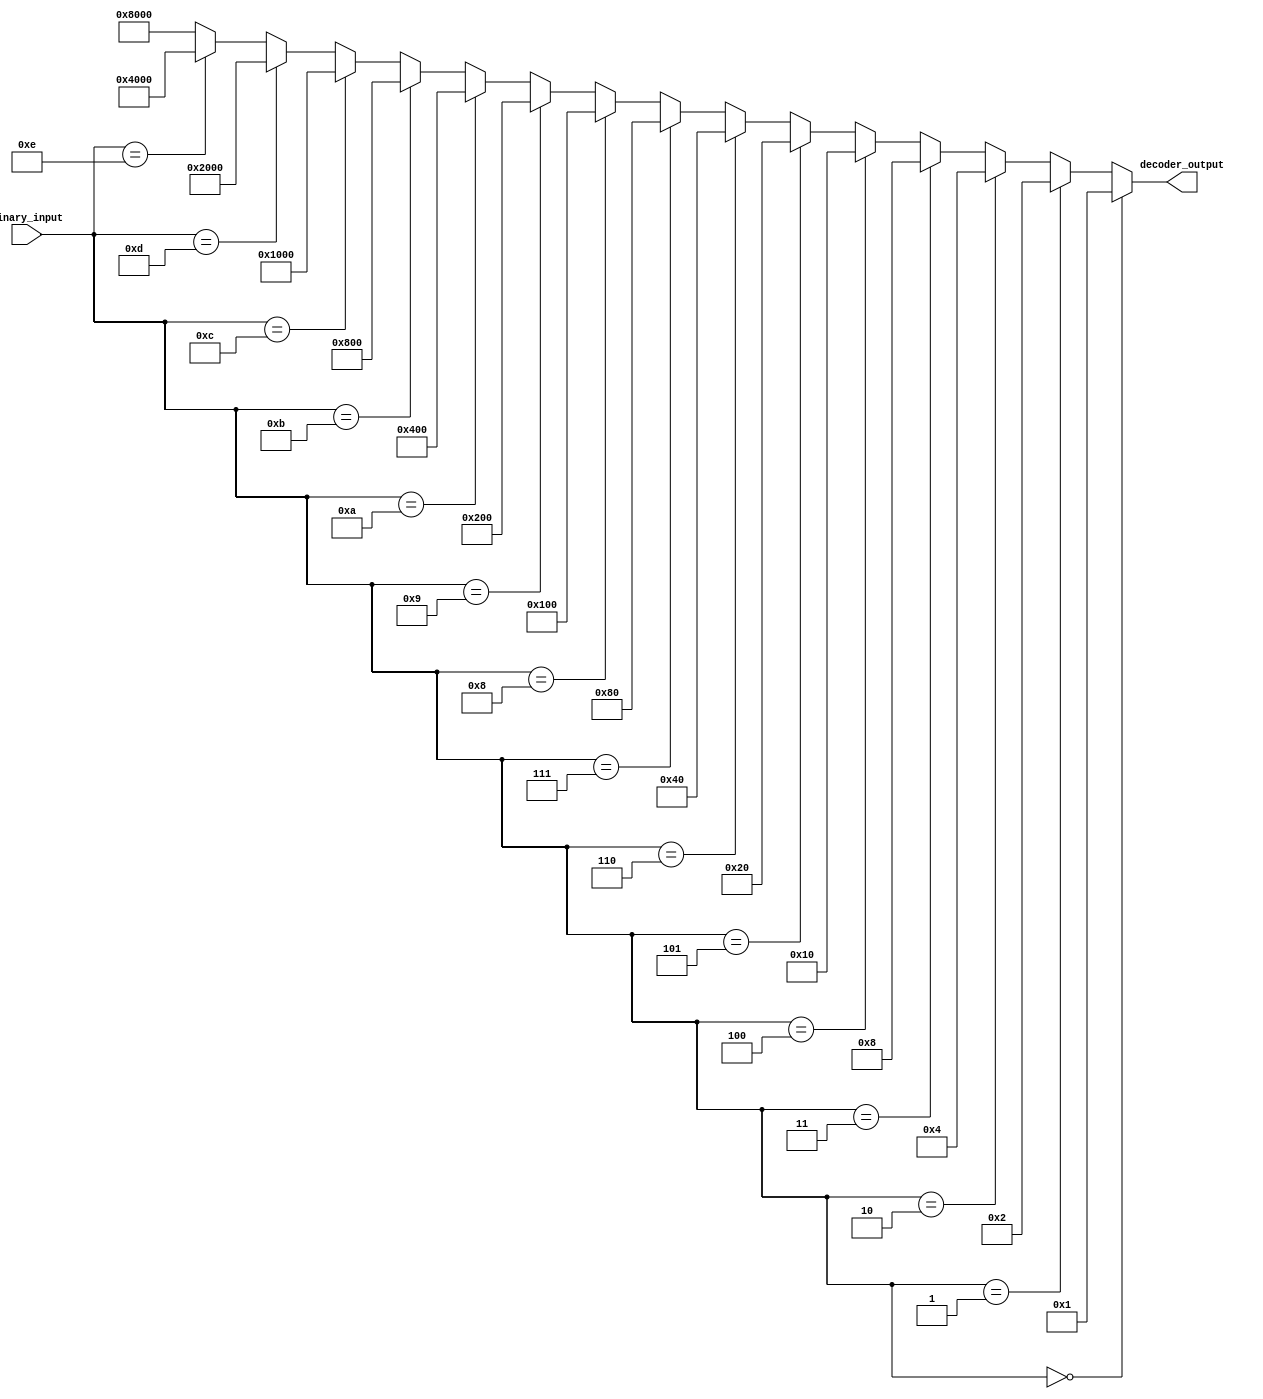
module FourToSixteenDecoder(
    input [3:0] binary_input,
    output [15:0] decoder_output
);

assign decoder_output = (binary_input == 4'b0000) ? 16'b0000000000000001 :
                        (binary_input == 4'b0001) ? 16'b0000000000000010 :
                        (binary_input == 4'b0010) ? 16'b0000000000000100 :
                        (binary_input == 4'b0011) ? 16'b0000000000001000 :
                        (binary_input == 4'b0100) ? 16'b0000000000010000 :
                        (binary_input == 4'b0101) ? 16'b0000000000100000 :
                        (binary_input == 4'b0110) ? 16'b0000000001000000 :
                        (binary_input == 4'b0111) ? 16'b0000000010000000 :
                        (binary_input == 4'b1000) ? 16'b0000000100000000 :
                        (binary_input == 4'b1001) ? 16'b0000001000000000 :
                        (binary_input == 4'b1010) ? 16'b0000010000000000 :
                        (binary_input == 4'b1011) ? 16'b0000100000000000 :
                        (binary_input == 4'b1100) ? 16'b0001000000000000 :
                        (binary_input == 4'b1101) ? 16'b0010000000000000 :
                        (binary_input == 4'b1110) ? 16'b0100000000000000 :
                                                 16'b1000000000000000;

endmodule